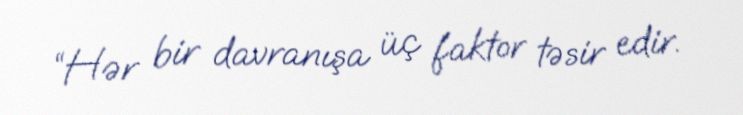
“Hər bir davranışa üç faktor təsir edir.